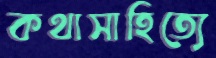
কথাসাহিত্যে